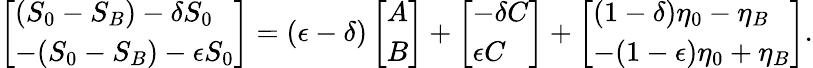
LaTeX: \left[\begin{array}{l}{(S_{0}-S_{B})-\delta S_{0}}\\ {-(S_{0}-S_{B})-\epsilon S_{0}}\end{array}\right]=(\epsilon-\delta)\left[\begin{array}{l}{A}\\ {B}\end{array}\right]+\left[\begin{array}{l}{-\delta C}\\ {\epsilon C}\end{array}\right]+\left[\begin{array}{l}{(1-\delta)\eta_{0}-\eta_{B}}\\ {-(1-\epsilon)\eta_{0}+\eta_{B}}\end{array}\right].